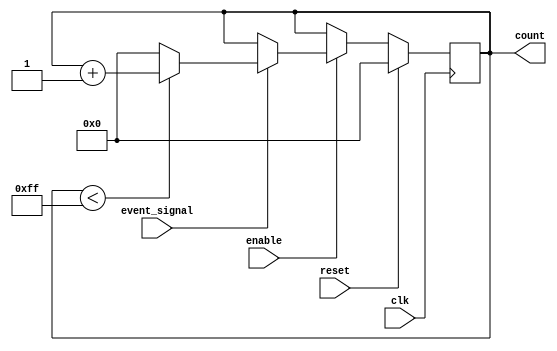
module MemoryBlocksEventCounter #(
    parameter COUNTER_WIDTH = 8,            // Width of the counter
    parameter MAX_COUNT = 2**COUNTER_WIDTH - 1 // Maximum count value
)(
    input wire clk,                          // Clock signal
    input wire reset,                        // Reset signal
    input wire enable,                       // Enable signal
    input wire event_signal,                 // Event signal (count trigger)
    output reg [COUNTER_WIDTH-1:0] count    // Count output
);

// Synchronous reset and counting logic
always @(posedge clk) begin
    if (reset) begin
        count <= 0;                         // Reset count to 0
    end else if (enable) begin
        // Count on rising edge of event_signal
        if (event_signal) begin
            if (count < MAX_COUNT) begin
                count <= count + 1;         // Increment count
            end else begin
                count <= 0;                  // Wrap around on overflow
            end
        end
    end
end

endmodule